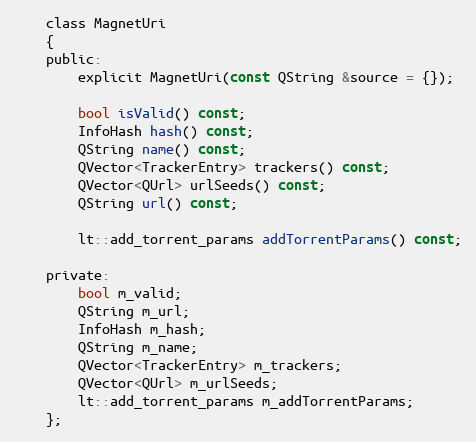
Language: C
    class MagnetUri
    {
    public:
        explicit MagnetUri(const QString &source = {});

        bool isValid() const;
        InfoHash hash() const;
        QString name() const;
        QVector<TrackerEntry> trackers() const;
        QVector<QUrl> urlSeeds() const;
        QString url() const;

        lt::add_torrent_params addTorrentParams() const;

    private:
        bool m_valid;
        QString m_url;
        InfoHash m_hash;
        QString m_name;
        QVector<TrackerEntry> m_trackers;
        QVector<QUrl> m_urlSeeds;
        lt::add_torrent_params m_addTorrentParams;
    };